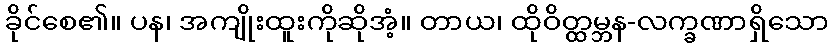
ခိုင်စေ၏။ ပန၊ အကျိုးထူးကိုဆိုအံ့။ တာယ၊ ထိုဝိတ္ထမ္ဘန-လက္ခဏာရှိသော